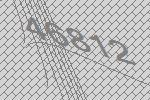
46812